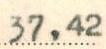
37,42